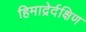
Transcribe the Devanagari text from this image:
हिमाद्रेर्दक्षिण